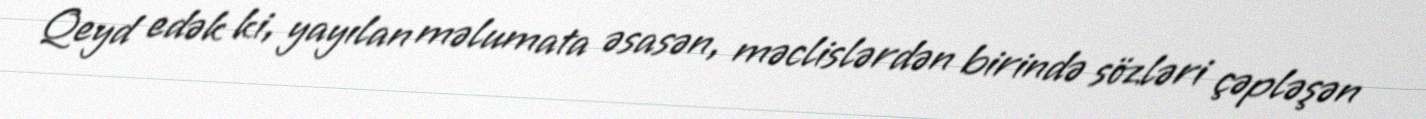
Qeyd edək ki, yayılan məlumata əsasən, məclislərdən birində sözləri çəpləşən